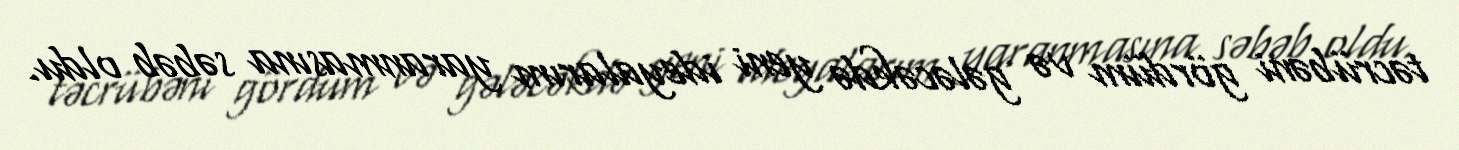
təcrübəni gördüm və gələcəkdə yeni ideyalarım yaranmasına səbəb oldu.